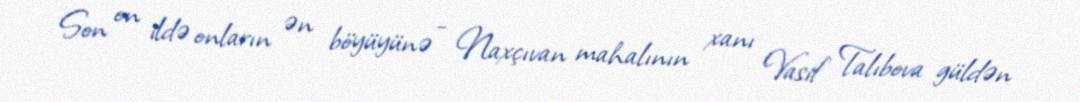
Son on ildə onların ən böyüyünə - Naxçıvan mahalının xanı Vasif Talıbova güldən